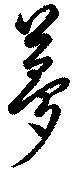
夢